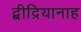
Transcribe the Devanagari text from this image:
द्बीद्रियानाह